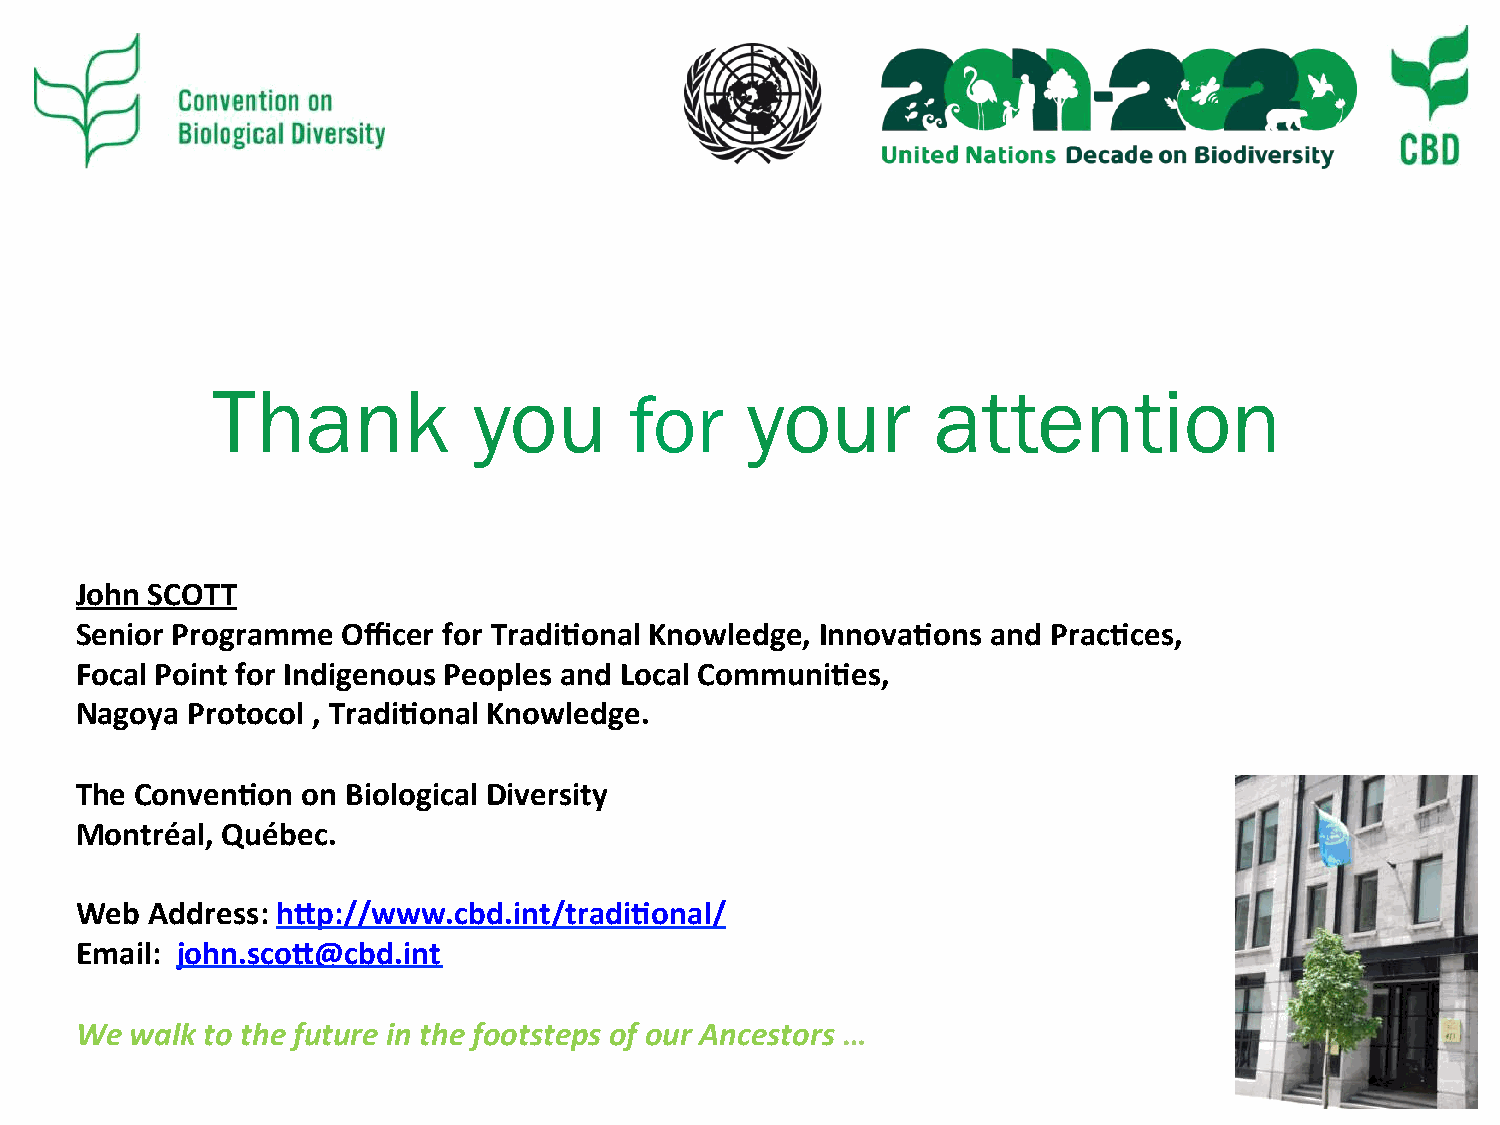
Thank            you               your         attention
 for
 John SCOTT
 Senior Programme  Officer for Tradi-onal Knowledge, Innova-ons and Prac-ces,
 Focal Point for Indigenous Peoples and Local Communi-es,
 Nagoya Protocol , Tradi-onal Knowledge.
 The Conven-on  on Biological Diversity
 Montréal, Québec.
 Web  Address: hRp://www.cbd.int/tradi-onal/
 Email: john.scoR@cbd.int
 We  walk to the future in the footsteps of our Ancestors …